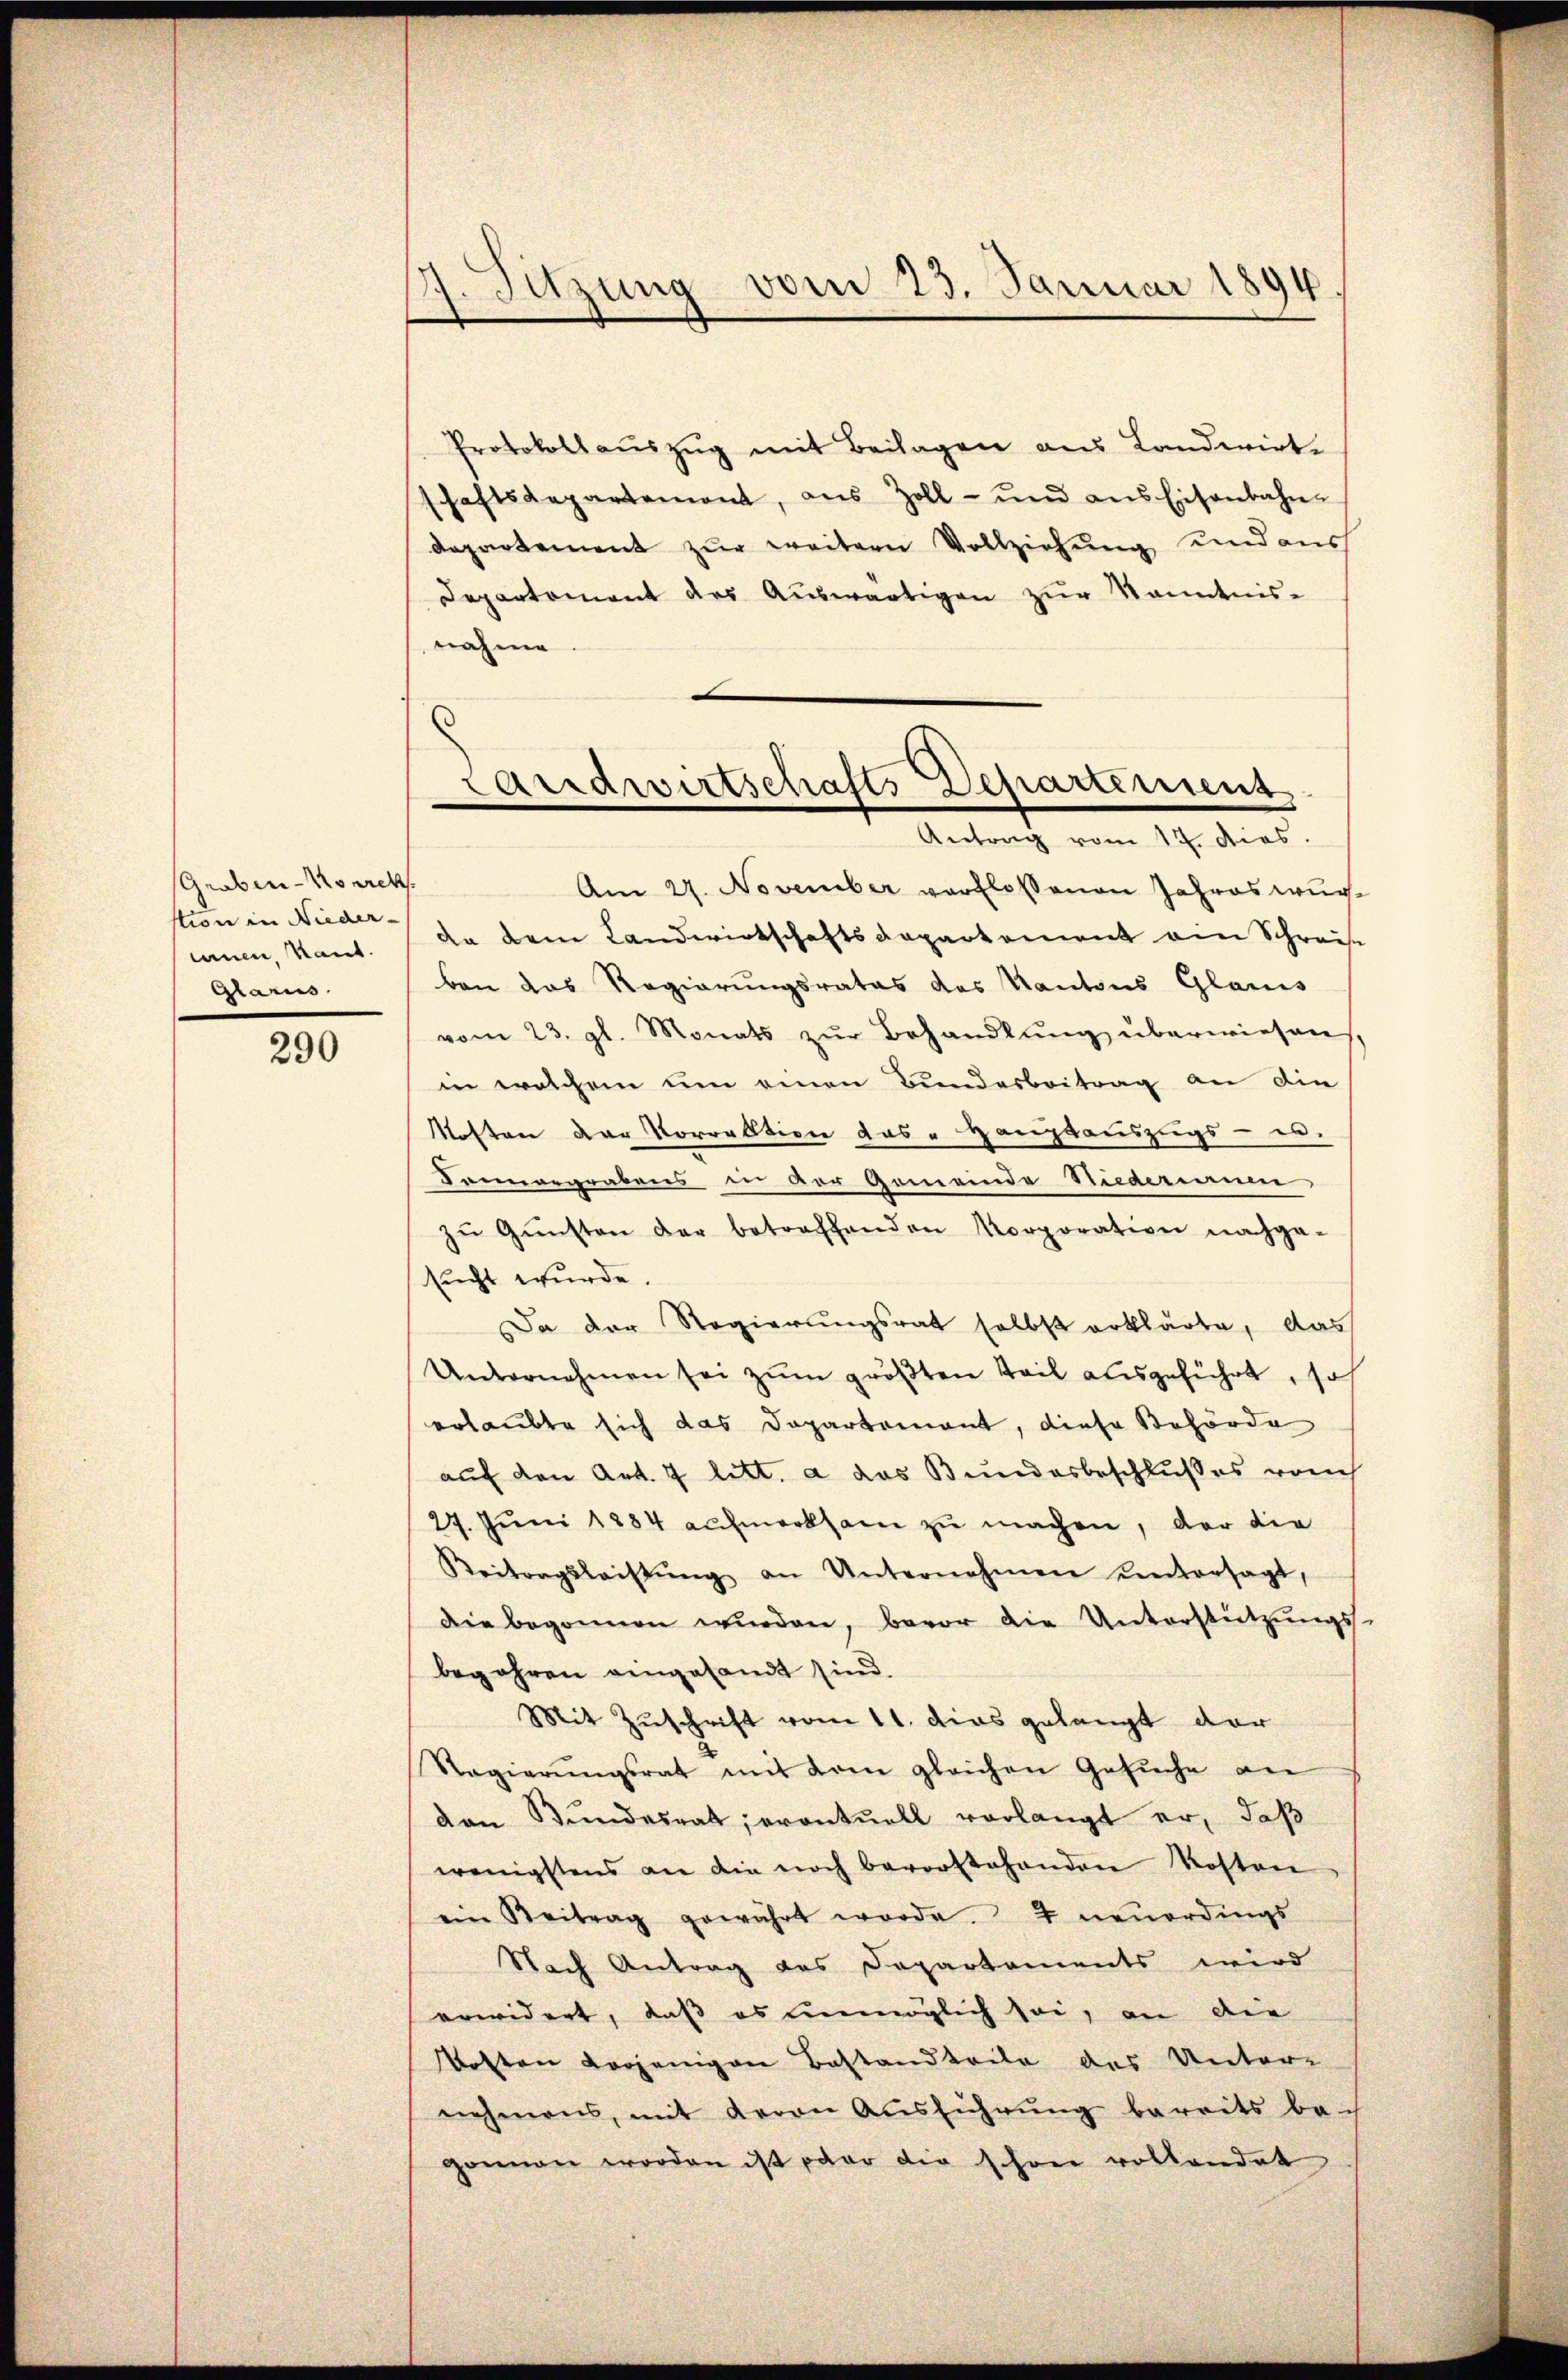
Graben-Noach
stion in Nieder-
unnen, Raut.
Glarus

290

1. Sitzung vom 23. Januar 1894

Protokollauszug mit Beilagen aus Landwirt-
schaftsdepartement, aus Zoll- und ans Eisenbahn-
departement zur weitern Vollziehung und aus
Departement des Auswärtigen zur Kenntnis-
nahme
.

Landwirtschafts Departement
—
Antrag vom 17. dies

Am 27. November verflossenen Jahres wur¬
An dem Landwirtschaftsdepartement ein Schreise
ben das Regierungsrates das Kantons Glanis
vom 23. gl. Monats zur Behandlung überwiesen,
in welchem um einen Bunderbeitrag an die
Kosten der Vorrektion das Hauptauszugs - es.
Fennergrabens in der Gemeinde Niederiane
zŭ Gŭnsten der betreffenden Korporation nachge-
sucht wurde
Da der Regierungsrat selbst erklärte, das
Unternehmen sei zŭm größten Teil ausgeführt, so
erlaubte sich das Dopartement, diese Behörde
auf den Art. 7 litt. a das Bundesbeschlußes rauch
27. Juni 1884 aufmerksam zu machen, der die
Beitragsleistŭng an Unternehmen untersagt,
die begonnen wŭrden, bevor die Unterstützŭngs-
begehren angesandt sind.
Mit Zuschrift vom 11. das gelangt dar
Ragierŭngsrat mit vom gleichen Gesŭche an
den Bundesrat; eventuell vorlangt er, daß
wenigstens an die noch bevorstehenden Kosten
ein Beitrag gewährt werde. 2 neuerdings
Nach Antrag des Departements wird
erwidert, daß es unmöglich sei, an die
Kosten vorjenigen Bestandteile des Unter-
nehmens, mit deron Ausführung bereits bach
gonnen worden ist par die schon vollendet